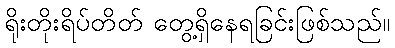
ရိုးတိုးရိပ်တိတ် တွေ့ရှိနေရခြင်းဖြစ်သည်။